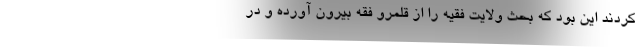
کردند این بود که بحث ولایت فقیه را از قلمرو فقه بیرون آورده و در